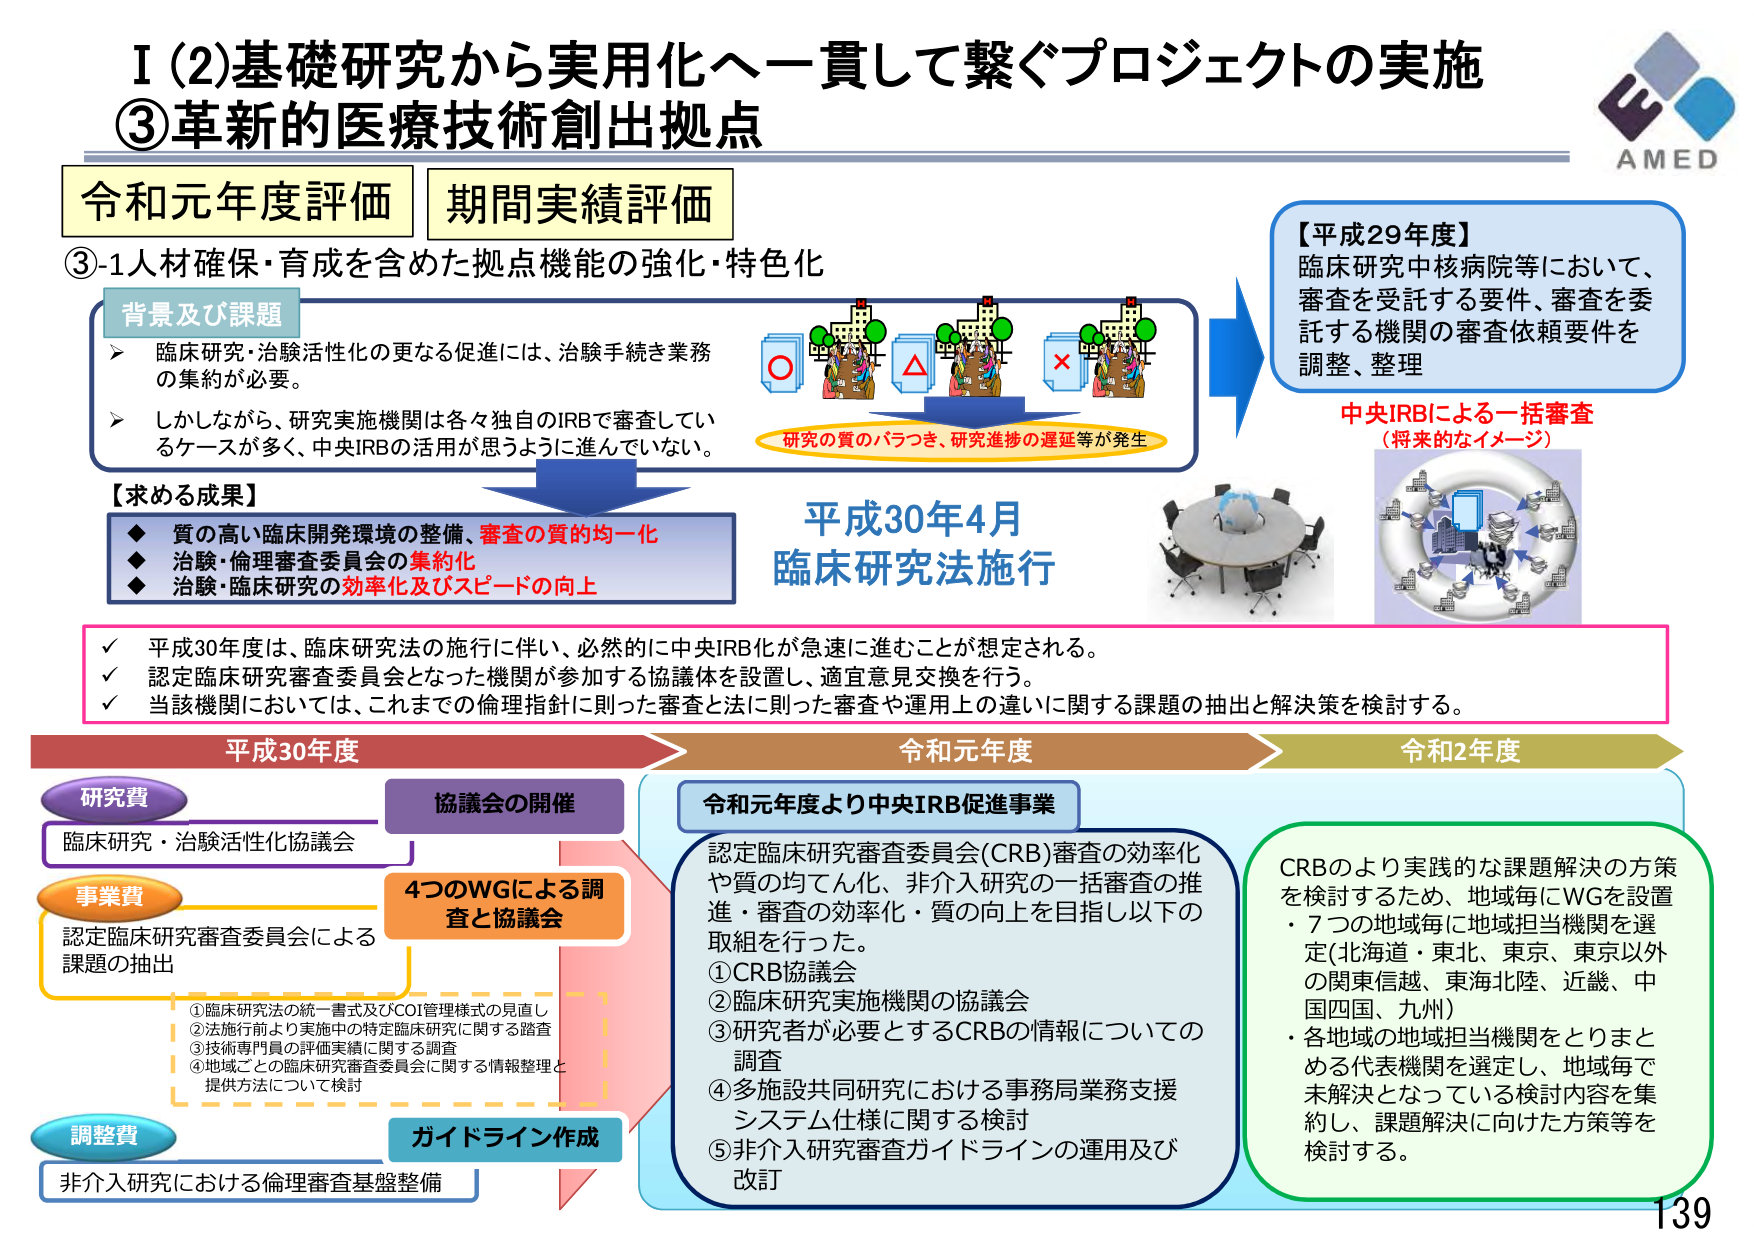
I (2)基礎研究から実用化へ一貫して繋ぐプロジェクトの実施
③革新的医療技術創出拠点

令和元年度評価　期間実績評価

③-1人材確保・育成を含めた拠点機能の強化・特色化

背景及び課題
➤ 臨床研究・治験活性化の更なる促進には、治験手続き業務の集約が必要。
➤ しかしながら、研究実施機関は各々独自のIRBで審査しているケースが多く、中央IRBの活用が思うように進んでいない。

研究の質のバラつき、研究進捗の遅延等が発生

【平成29年度】
臨床研究中核病院等において、
審査を受託する要件、審査を委託する機関の審査依頼要件を
調整、整理

中央IRBによる一括審査
（将来的なイメージ）

【求める成果】
◆ 質の高い臨床開発環境の整備、審査の質の均一化
◆ 治験・倫理審査委員会の集約化
◆ 治験・臨床研究の効率化及びスピードの向上

平成30年4月
臨床研究法施行

✓ 平成30年度は、臨床研究法の施行に伴い、必然的に中央IRB化が急速に進むことが想定される。
✓ 認定臨床研究審査委員会となった機関が参加する協議体を設置し、適宜意見交換を行う。
✓ 当該機関においては、これまでの倫理指針に則った審査と法に則った審査や運用上の違いに関する課題の抽出と解決策を検討する。

平成30年度　→　令和元年度　→　令和2年度

研究費
臨床研究・治験活性化協議会

事業費
認定臨床研究審査委員会による課題の抽出

調整費
非介入研究における倫理審査基盤整備

協議会の開催
4つのWGによる調査と協議会

①臨床研究法の統一書式及びCOI管理様式の見直し
②法施行前より実施中の特定臨床研究に関する踏査
③技術専門員の評価実績に関する調査
④地域ごとの臨床研究審査委員会に関する情報整理と提供方法について検討

ガイドライン作成

令和元年度より中央IRB促進事業
認定臨床研究審査委員会(CRB)審査の効率化や質の均てん化、非介入研究の一括審査の推進・審査の効率化・質の向上を目指し以下の取組を行った。
①CRB協議会
②臨床研究実施機関の協議会
③研究者が必要とするCRBの情報についての調査
④多施設共同研究における事務局業務支援システム仕様に関する検討
⑤非介入研究審査ガイドラインの運用及び改訂

CRBのより実践的な課題解決の方策を検討するため、地域毎にWGを設置
・7つの地域毎に地域担当機関を選定（北海道・東北、東京、東京以外の関東信越、東海北陸、近畿、中国四国、九州）
・各地域の地域担当機関をとりまとめる代表機関を選定し、地域毎で未解決となっている検討内容を集約し、課題解決に向けた方策等を検討する。

AMED
139